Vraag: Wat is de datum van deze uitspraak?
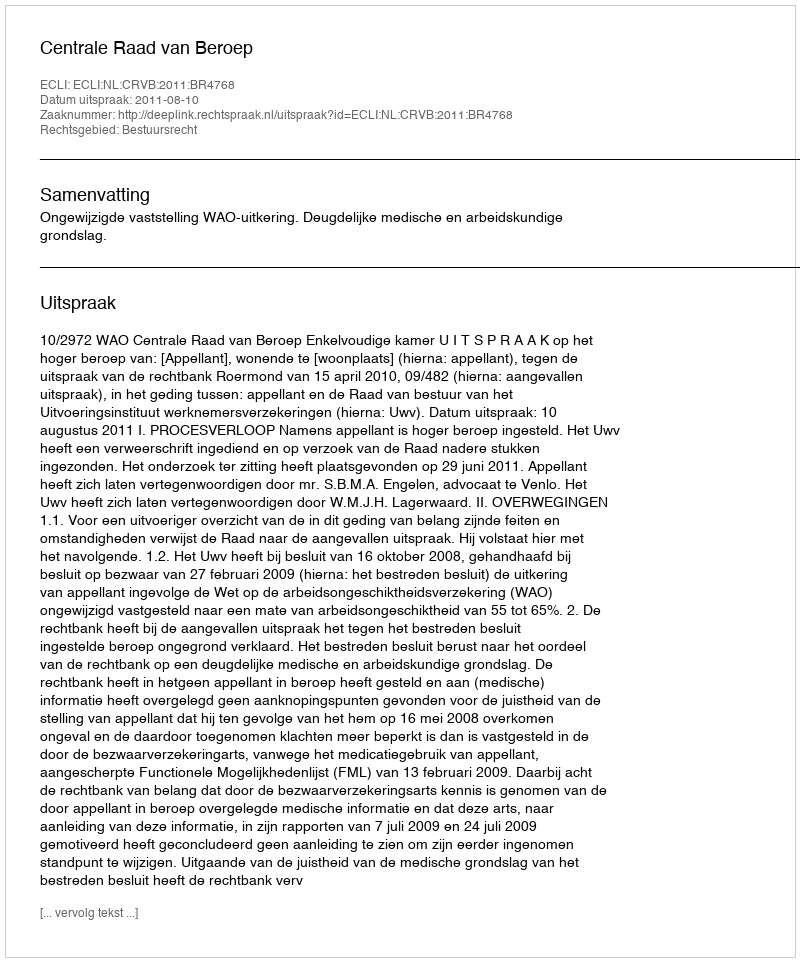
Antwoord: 2011-08-10